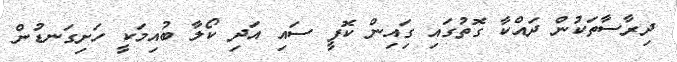
ދިރާސާތަކުން ދައްކާ ގޮތުގައި ގިައިން ކޮފީ ސައި އަދި ކޯލާ ބުއިމަކީ ހަށިގަނޑުން